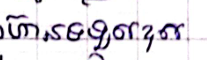
ហ៊ានទទួលខុស